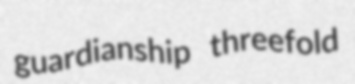
guardianship threefold